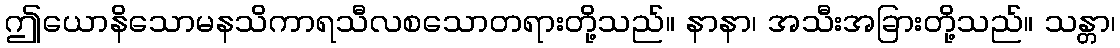
ဤယောနိသောမနသိကာရသီလစသောတရားတို့သည်။ နာနာ၊ အသီးအခြားတို့သည်။ သန္တာ၊